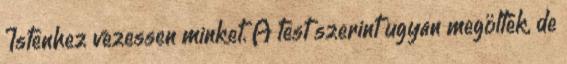
Istenhez vezessen minket. A test szerint ugyan megölték, de